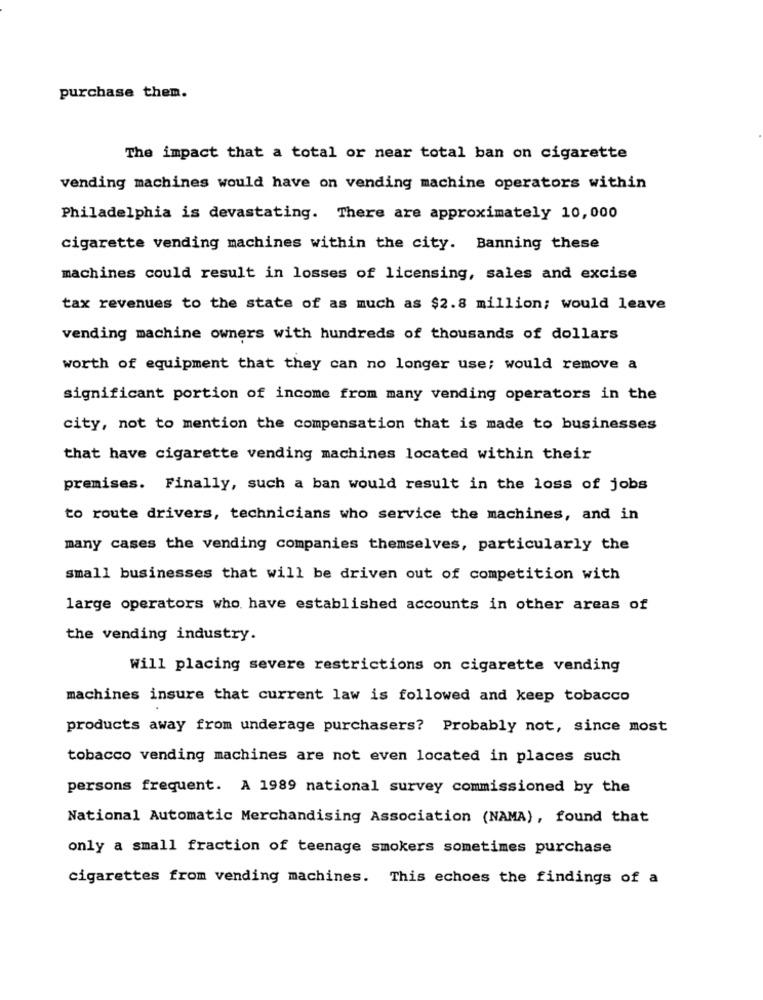
purchase them.
The impact that a total or near total ban on cigarette
vending machines would have on vending machine operators within
Philadelphia is devastating. There are approximately 10,000
cigarette vending machines within the city. Banning these
machines could result in losses of licensing, sales and excise
tax revenues to the state of as much as $2.8 million; would leave
vending machine owners with hundreds of thousands of dollars
worth of equipment that they can no longer use; would remove a
significant portion of income from many vending operators in the
city, not to mention the compensation that is made to businesses
that have cigarette vending machines located within their
premises. Finally, such a ban would result in the loss of jobs
to route drivers, technicians who service the machines, and in
many cases the vending companies themselves, particularly the
small businesses that will be driven out of competition with
large operators who have established accounts in other areas of
the vending industry.
Will placing severe restrictions on cigarette vending
machines insure that current law is followed and keep tobacco
products away from underage purchasers? Probably not, since most
tobacco vending machines are not even located in places such
persons frequent. A 1989 national survey commissioned by the
National Automatic Merchandising Association (NAMA), found that
only a small fraction of teenage smokers sometimes purchase
cigarettes from vending machines. This echoes the findings of a